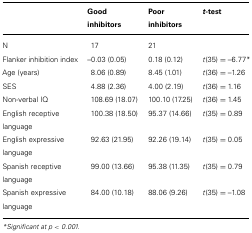
|  | Good inhibitors | Poor inhibitors | t-test |
 | --- | --- | --- | --- |
 | N | 17 | 21 |  |
 | Flanker inhibition index | –0.03 (0.05) | 0.18 (0.12) | t(35) = –6.77* |
 | Age (years) | 8.06 (0.89) | 8.45 (1.01) | t(36) = –1.26 |
 | SES | 4.88 (2.36) | 4.00 (2.19) | t(36) = 1.16 |
 | Non-verbal IQ | 108.69 (18.07) | 100.10 (17.25) | t(36) = 1.45 |
 | English receptive language | 100.38 (18.50) | 95.37 (14.66) | t(35) = 0.89 |
 | English expressive language | 92.63 (21.95) | 92.26 (19.14) | t(35) = 0.05 |
 | Spanish receptive language | 99.00 (13.66) | 95.38 (11.35) | t(35) = 0.79 |
 | Spanish expressive language | 84.00 (10.18) | 88.06 (9.26) | t(35) = –1.08 |